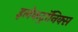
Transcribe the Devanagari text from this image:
इलेकट्रॉनिक्स